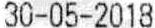
30-05-2018